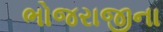
ભોજરાજીના